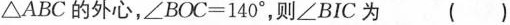
\triangle ABC的外心，$$\angle BOC=140^{\circ}$$，则\angle BIC为 ( )